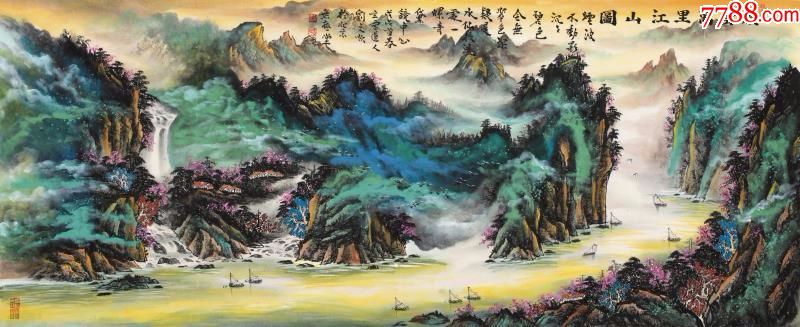
务本节用财无极。